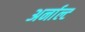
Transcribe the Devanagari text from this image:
अर्नाल्ट